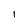
Character: 1